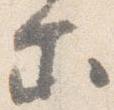
尓